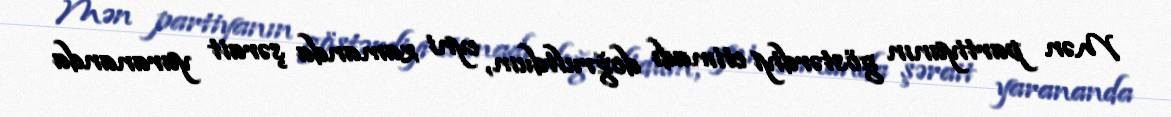
Mən partiyanın göstərdiyi etimadı doğrultdum, eyni zamanda şərait yarananda